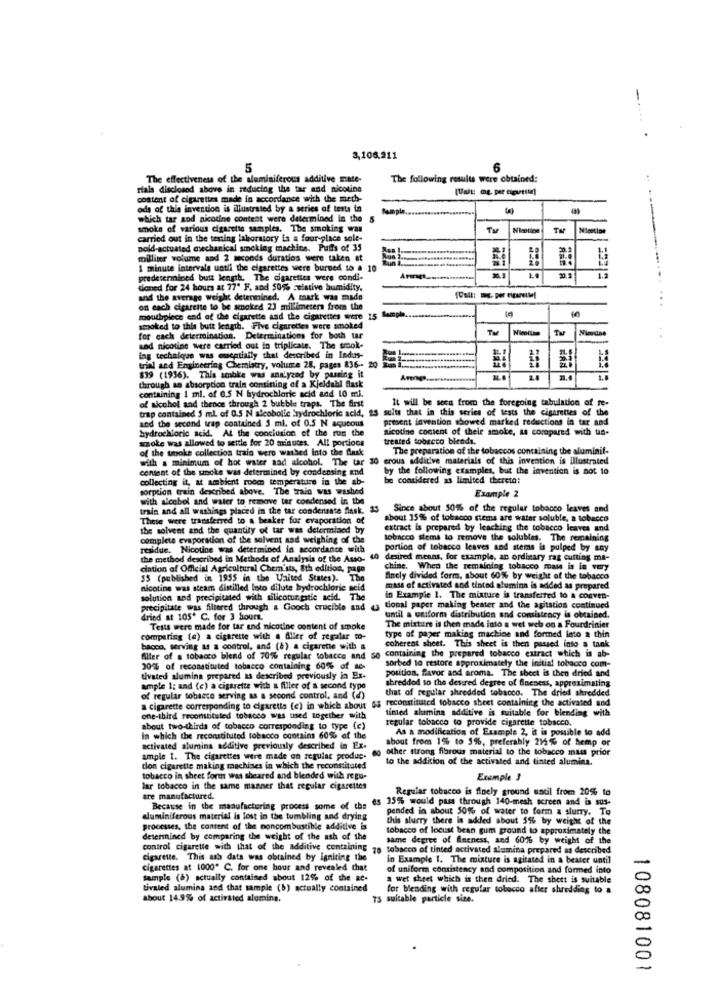
-
3,106,211
5
6
The effectiveness of the aluminiferous additive mate-
The following results were obtained:
rials disclosed above in reducing the tar and nicotine
content of cigarettes made in accordance with the meth-
ods of this invention is illustrated by a series of tests in
Sample
which tar sod nicotine content were determined in the
S
-
smoke of various cigarette samples. The smoking was
Tu
Nicotion
Nisation
carried out in the testing laboratory is a four-place sole-
poid-actuated mechanical smoking machine. Puffs of 35
milliter volume and 2 seconds duratios were taken at
1 minute intervale uatli the cigarettes were burned to # 1
1:
predetermined butt length. The cigarettes were condi-
32312
daned for 24 hours at 77" F. and 50% zeistive humidity.
and the average weight determined. A mark was made
on each cigarette to be smoked 23 millimeters from the
mouthpiece end of the cigarette and the cigarettes were 15 Sample.
smoked to this butt length. Five cigarettes were smoked
TM
Tu
for cach determination. Determinations for both tar
sad nicotine were carried out in triplicate. The smok-
lag technique was mmentially that described in Indus-
trial and Engineering Chemistry, volume 28, pages 836 -- 20
839 (1936). This ambke was analyzed by passing it
Amnes
...
containing 1 ml. of 0.5 N hydrochloric acid and 10 mi.
through an absorption train consining of a Kjeldahl flask
of alcohol and thenos through 2 bubble traps. The first
It will be seca from the foregoing tabulation of re-
trap contained 5 ml of 0.5 N alcobolic frydrochloric acid, 25 sulta that in this series of tests the cigarettes of the
and the second trap contained 5 ml. of 0.5 N squcous
present invention showed marked reductions in tar and
hydrochloric acid. At the conclusion of the run the
nicotine content of their smoke, as compared with us-
azoke was allowed to settle for 20 minutes. All portions
treated tobacco blends.
The preparation of the tobaccos containing the aluminif-
with a minimum of hot water sad alcohol. The tar
of the tooke collectios train were washed into the fusk
30 crous additive materials of this invention is illustrated
content of the smoke was determined by condensing and
by the following examples, but the invention is not to
collecting it, at ambient room temperature in the ab-
be considered as limited thereto:
sorption train described above. The train was washed
with alcohol and water to remove tar condensed in the
Example 2
train and all washings placed in the tar condensate flask. 33
Since about 501% of the regular tobacco leaves and
These were transferred to a beaker for evaporation of
about 35% of tobacco stems are water soluble, a tobacco
the solvent and the quantity of tar was determined by
extract is prepared by leaching the tobacco leaves and
complete evaporation of the solvent and weighing of the
tobacco stems to remove the solubles. The remaining
residue. Nicotine was determined in accordance with
portion of tobacco leaves and stems is pulped by any
the method described in Methods of Analysis of the Asso-
desired means, for example, an ordinary rag cutting ma-
cation of Official Agricultural Chemists, 8th edition, pago
chine, When the remaining tobacco mas is in very
55 (published in 1955 in the United States). The
finely divided form, about 60% by weight of the tobacco
nicotine was steam distilled Into dilute hydrochloric acid
mass of activated and tinted alumina is added as prepared
solution and precipitated with silicotungstic acid.7
in Example 1. The mixture is transferred to a conven-
precipitate was filtered through & Gooch crucible and
tional paper making bester and the agitation continued
dried at 105' C. for 3 hours.
until a uniform distribution and consistency in obtained.
Tests were made for tar und nicotine content of smoke
The mixture is then made into a wet web on a Fourdrinier
comparing (a) a cigarette with a Aller of regalar to-
type of paper making machine and formed into a thin
bacco, serving as a control, and (8) a cigarette with &
coherent sheet. This sheet is then passed into a tank
containing the prepared tobacco extract which is ab-
Aller of s tobacco blend of 70% regular tobacco and
sorbed to restore approximately the initial tobacco com-
20% of reconstituted tobacco containing 60% of ac-
position, favor and aroma. The sheet is then dried and
Livated alumina prepared as described previously in Ex-
shredded to the desired degree of fineness, approximating
ample 1; and (c) a cigarette with a filler of a second type
that of regular shredded tobacco. The dried shredded
of regular tobacco serving as a second control, and (a)
a Cigarette corresponding to cigarette (e) in which about os reconstituted tobacco sheet containing the activated and
tinted alamina additive is suitable for blending with
one-ibird reconstituted tobacco was used together with
regular tobacco to provide cigarette tobacco.
about two-thirds of tobacco corresponding to type (c)
As a modification of Example 2, it is possible to add
in which the reconstituted tobacco contains 60% of the
about from 1% to 5%, preferably 215% of hemp or
activated alumina additive previously described in Ex-
other strong fibrous material to the tobacco mass prior
ample 1. The cigarettes were made on regular produc.
to the addition of the activated and tinted alumina.
don cigarette making machines in which the reconstituted
tobacco in sheet form was sheared and blended with regu-
Example 3
lar tobacco in the same manner that regular cigarettes
Regular tobacco is finely ground until from 20%% to
are manufactured.
es 35% would pass through 140-mesh screen and is sus-
Because in the manufacturing process some of the
ended in about 50% of water to form a slurry. To
aluminiferous material is lost in the tumbling and drying
this slurry there is added about 5% by weight of the
processes, the content of the noncombustible additive is
tobacco of locust bean gum ground to approximately the
determined by comparing the weight of the ash of the
same degree of Aneness, and 60% by weight of the
control cigarette with that of the additive containing 76 tobacco of tinted activated alumina prepared as described
cigarette. This ash data was obtained by igniting the
in Example 1. The mixture is agitated in a beater until
cigarettes at 1000* C. for one hour and revealed that
of uniform consistency and composition and formed into
sample (8) actually contained about 12% of the ac-
a wet sheet which is then dried. The sheet is suitable
tivated alumina and that sample (b) actually contained
for blending with regular tobacco after shredding to a
about 14.9% of activated aloming.
75 suitable particle size.
108081001